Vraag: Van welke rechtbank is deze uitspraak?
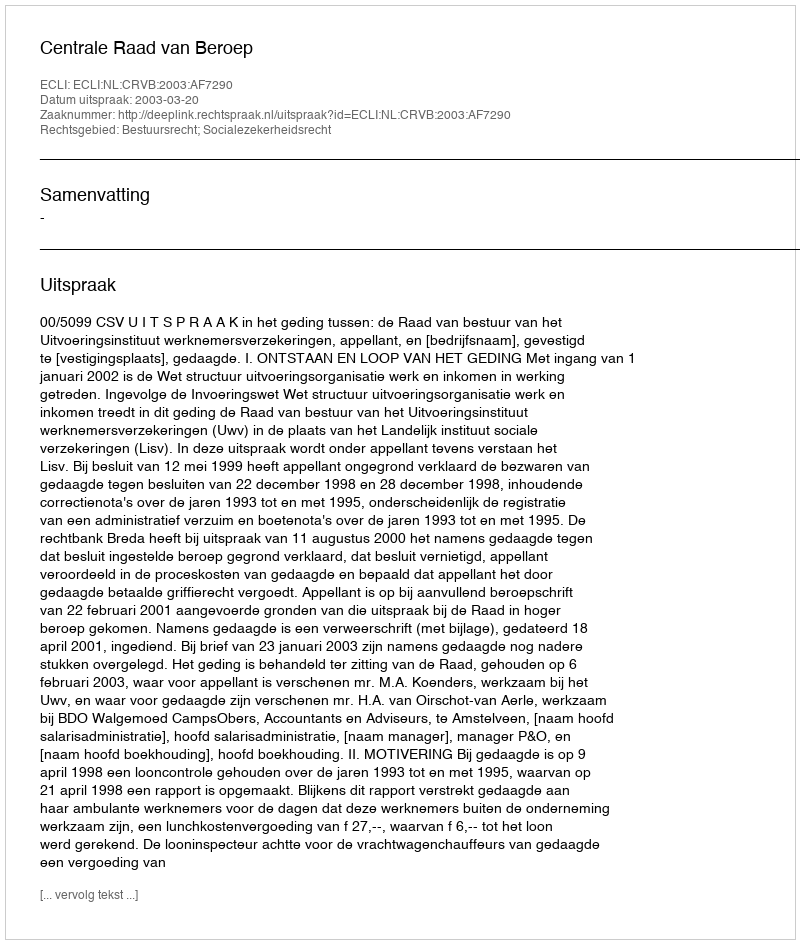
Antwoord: Centrale Raad van Beroep